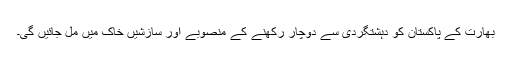
بھارت کے پاکستان کو دہشتگردی سے دوچار رکھنے کے منصوبے اور سازشیں خاک میں مل جائیں گی۔